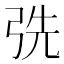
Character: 𢏡